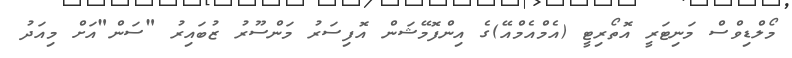
މޯލްޑިވްސް މަނިޓަރީ އޮތޯރިޓީ (އެމްއެމްއޭ)ގެ އިންފޮމޭޝަން އޮފިސަރު މަންސޫރު ޒުބައިރު "ސަން"އަށް މިއަދު